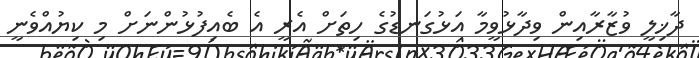
ދާޚިލީ ވުޒާރާއިން ވިދާޅުވީމާ އަޅުގަނޑުގެ ހިތަށް އެރީ އެ ބެއިފުޅުންނަށް މި ކިޔުއްވެނީ